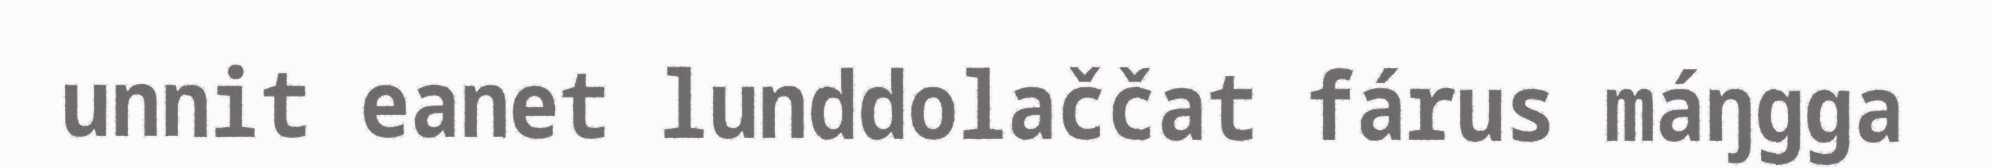
unnit eanet lunddolaččat fárus máŋgga